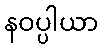
နဝပ္ပါယာ